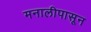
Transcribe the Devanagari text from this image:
मनालीपासून